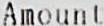
AMOUNT